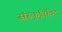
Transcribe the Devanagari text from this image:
संस्कृतिविद